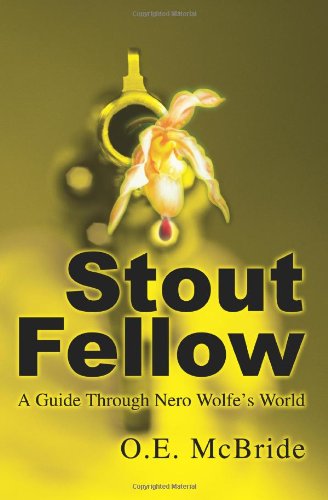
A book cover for Stout Fellow: A Guide Through Nero Wolfe's World; Ron Owens; Mystery, Thriller & Suspense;